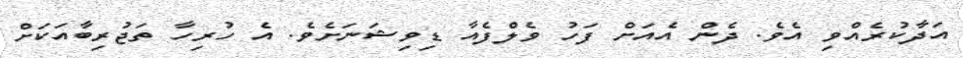
އަދާކުރެއްވި އެވެ. ދެން އެއަށް ފަހު ވެލްފެއާ ޑިވިޝަނަށެވެ. އެ ހުރިހާ ތަޖުރިބާއަކަށް